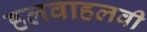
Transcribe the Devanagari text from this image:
हलवाहलवी